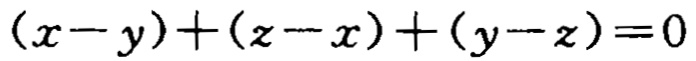
\((x - y)+(z - x)+(y - z)=0\)